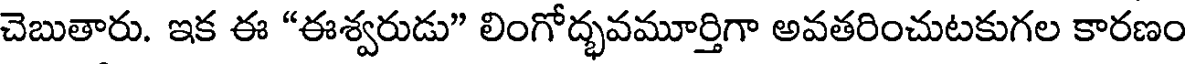
చెబుతారు. ఇక ఈ "ఈశ్వరుడు" లింగోద్భవమూర్తిగా అవతరించుటకుగల కారణం